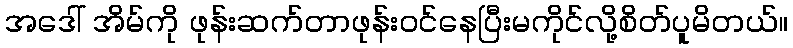
အဒေါ် အိမ်ကို ဖုန်းဆက်တာဖုန်းဝင်နေပြီးမကိုင်လို့စိတ်ပူမိတယ်။